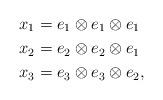
LaTeX: \begin{align*}x_1&=e_1\otimes e_1 \otimes e_1\\x_2&=e_2 \otimes e_2 \otimes e_1\\x_3&=e_3 \otimes e_3 \otimes e_2,\end{align*}